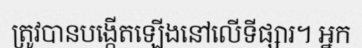
ត្រូវបានបង្កើតឡើងនៅលើទីផ្សារ។ អ្នក